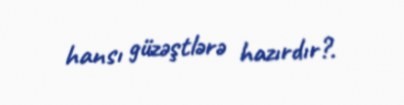
hansı güzəştlərə hazırdır?.